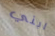
ابني